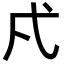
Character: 𭚠